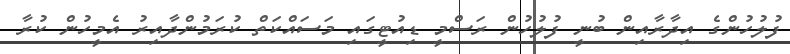
ފުލުހުންގެ އިދާރާއިން ބުނީ ފުލުހުން ރަސްމީ ޑިއުޓީގައި މަސައްކަތް ކުރަމުންދާއިރު އެމީހުން ކުރާ